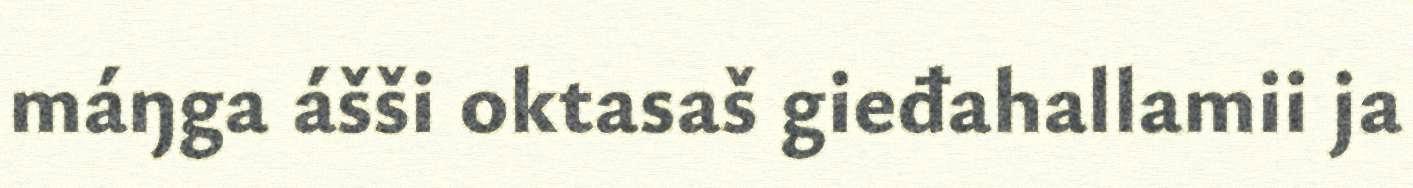
máŋga ášši oktasaš gieđahallamii ja